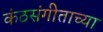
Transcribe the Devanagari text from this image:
कंठसंगीताच्या